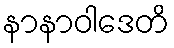
နာနာဝါဒေတိ